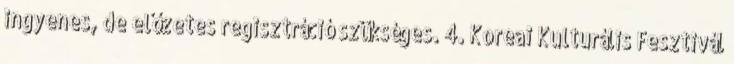
ingyenes, de előzetes regisztráció szükséges. 4. Koreai Kulturális Fesztivál